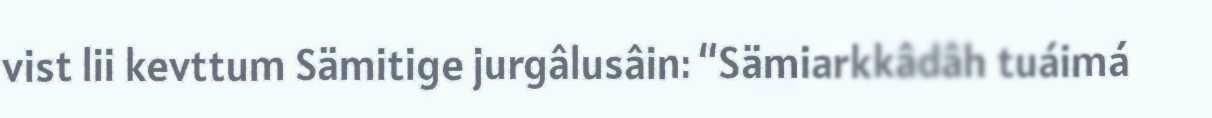
vist lii kevttum Sämitige jurgâlusâin: “Sämiarkkâdâh tuáimá